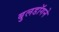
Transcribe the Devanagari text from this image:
बुलडॉगने